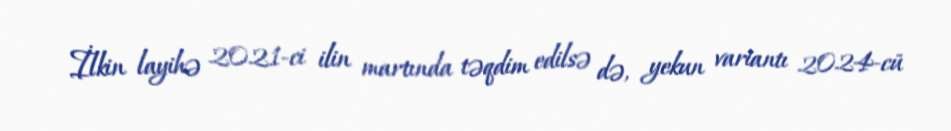
İlkin layihə 2021-ci ilin martında təqdim edilsə də, yekun variantı 2024-cü